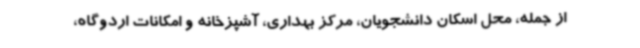
از جمله، محل اسکان دانشجویان، مرکز بهداری، آشپزخانه و امکانات اردوگاه،